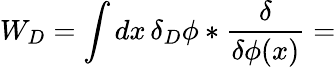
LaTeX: W_{D}=\int dx\, \delta_{D}\phi*{\frac{\delta}{\delta\phi(x)}}=